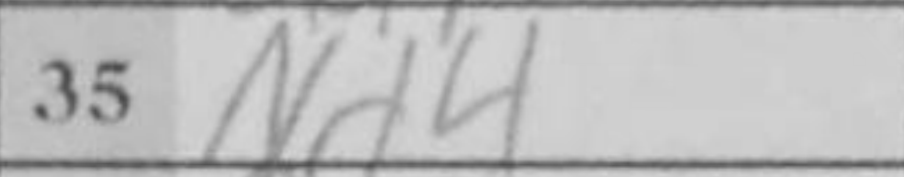
Transcription: Nd4